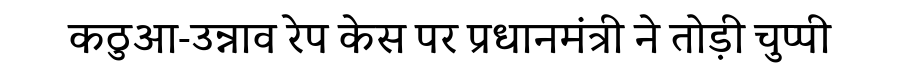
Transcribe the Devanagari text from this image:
कठुआ-उन्नाव रेप केस पर प्रधानमंत्री ने तोड़ी चुप्पी